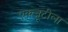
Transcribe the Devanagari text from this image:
एकजूटीला